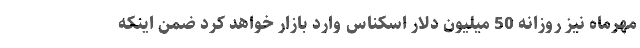
مهرماه نیز روزانه 50 میلیون دلار اسکناس وارد بازار خواهد کرد ضمن اینکه